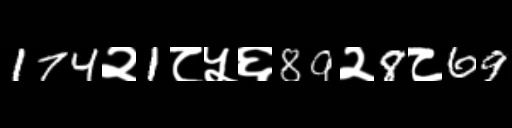
Text: 174२1८५६89२8८69